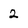
Character: 2